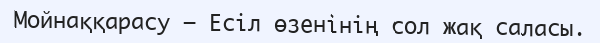
Мойнаққарасу – Есіл өзенінің сол жақ саласы.